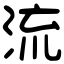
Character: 流